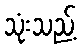
သုံးသည့်